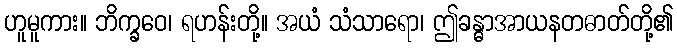
ဟူမူကား။ ဘိက္ခဝေ၊ ရဟန်းတို့။ အယံ သံသာရော၊ ဤခန္ဓာအာယနတဓာတ်တို့၏